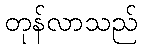
တုန်လာသည်